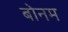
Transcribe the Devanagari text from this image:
बोनम